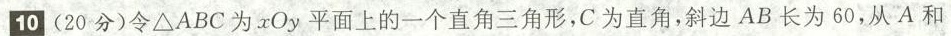
10 (20分)令△ABC为xOy平面上的一个直角三角形，C为直角，斜边AB长为60，从A和